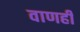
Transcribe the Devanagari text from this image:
वाणही